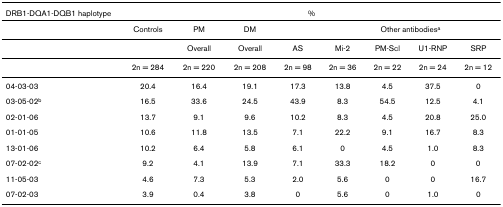
<table><thead><tr><td><b>DRB1-DQA1-DQB1 haplotype</b></td><td colspan="8"><b>%</b></td></tr></thead><tbody><tr><td></td><td>Controls</td><td>PM</td><td>DM</td><td></td><td colspan="4">Other antibodies<sup>a</sup></td></tr><tr><td></td><td></td><td>Overall</td><td>Overall</td><td>AS</td><td>Mi-2</td><td>PM-Scl</td><td>U1-RNP</td><td>SRP</td></tr><tr><td></td><td>2n = 284</td><td>2n = 220</td><td>2n = 208</td><td>2n = 98</td><td>2n = 36</td><td>2n = 22</td><td>2n = 24</td><td>2n = 12</td></tr><tr><td>04-03-03</td><td>20.4</td><td>16.4</td><td>19.1</td><td>17.3</td><td>13.8</td><td>4.5</td><td>37.5</td><td>0</td></tr><tr><td>03-05-02<sup>b</sup></td><td>16.5</td><td>33.6</td><td>24.5</td><td>43.9</td><td>8.3</td><td>54.5</td><td>12.5</td><td>4.1</td></tr><tr><td>02-01-06</td><td>13.7</td><td>9.1</td><td>9.6</td><td>10.2</td><td>8.3</td><td>4.5</td><td>20.8</td><td>25.0</td></tr><tr><td>01-01-05</td><td>10.6</td><td>11.8</td><td>13.5</td><td>7.1</td><td>22.2</td><td>9.1</td><td>16.7</td><td>8.3</td></tr><tr><td>13-01-06</td><td>10.2</td><td>6.4</td><td>5.8</td><td>6.1</td><td>0</td><td>4.5</td><td>1.0</td><td>8.3</td></tr><tr><td>07-02-02<sup>c</sup></td><td>9.2</td><td>4.1</td><td>13.9</td><td>7.1</td><td>33.3</td><td>18.2</td><td>0</td><td>0</td></tr><tr><td>11-05-03</td><td>4.6</td><td>7.3</td><td>5.3</td><td>2.0</td><td>5.6</td><td>0</td><td>0</td><td>16.7</td></tr><tr><td>07-02-03</td><td>3.9</td><td>0.4</td><td>3.8</td><td>0</td><td>5.6</td><td>0</td><td>1.0</td><td>0</td></tr></tbody></table>